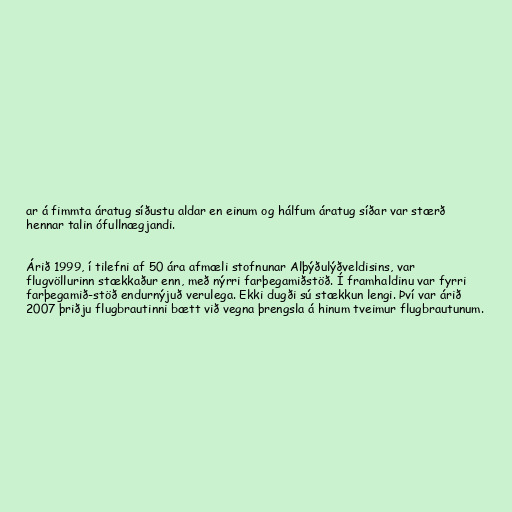
ar á fimmta áratug síðustu aldar en einum og hálfum áratug síðar var stærð
hennar talin ófullnægjandi.

Árið 1999, í tilefni af 50 ára afmæli stofnunar Alþýðulýðveldisins, var
flugvöllurinn stækkaður enn, með nýrri farþegamiðstöð. Í framhaldinu var fyrri
farþegamið-stöð endurnýjuð verulega. Ekki dugði sú stækkun lengi. Því var árið
2007 þriðju flugbrautinni bætt við vegna þrengsla á hinum tveimur flugbrautunum.